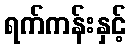
ရက်ကန်းနှင့်